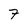
Character: 7